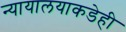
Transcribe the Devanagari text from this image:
न्यायालयाकडेही